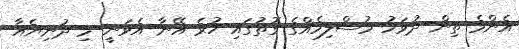
އެންމެ ތިން ދުވަހު މުސްލިމެއްގެ ގޮތުގައި ހުރެ އޭނާ އެވަނީ މި ދުނިޔެއާ